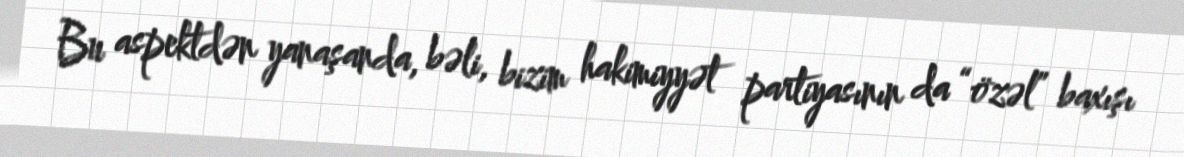
Bu aspektdən yanaşanda, bəli, bizim hakimiyyət partiyasının da “özəl” baxışı